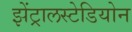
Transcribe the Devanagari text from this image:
झेंट्रालस्टेडियोन